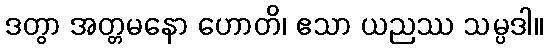
ဒတွာ အတ္တမနော ဟောတိ၊ ဧသာ ယညဿ သမ္ပဒါ။